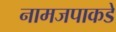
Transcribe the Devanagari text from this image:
नामजपाकडे